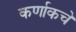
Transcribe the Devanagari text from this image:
कर्णाकचे